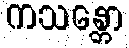
ကသန္တော